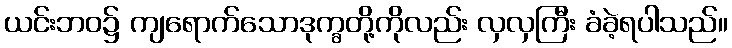
ယင်းဘဝ၌ ကျရောက်သောဒုက္ခတို့ကိုလည်း လှလှကြီး ခံခဲ့ရပါသည်။